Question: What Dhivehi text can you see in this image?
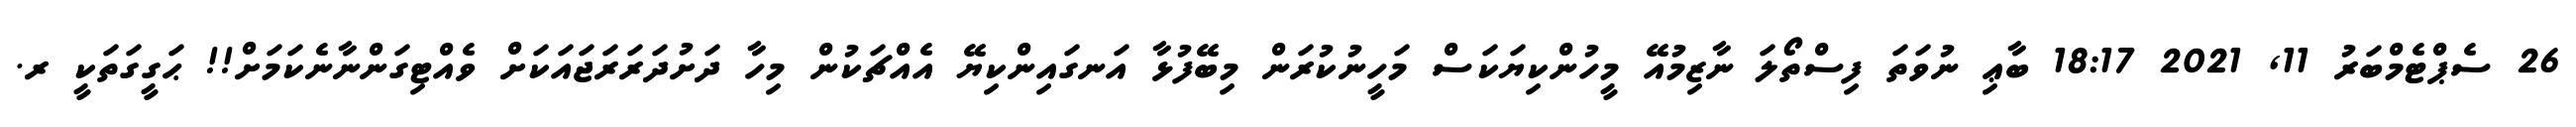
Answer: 26 ސެޕްޓެމްބަރު 11, 2021 18:17 ބާޢި ނުވަތަ ފިސްތޯލަ ނާޒިމުއޭ މީހުންކިޔަކަސް މަހީނުކުރަން މިބޭފުޅާ އަނގައިންކިޔޭ އެއްޗަކުން މިހާ ދަށުދަރަރަޖައަކަށް ވެއްޓިގަންނާނެކަމަށް!! ޙަގީގަތަކީ ރ.